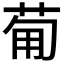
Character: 𤰈